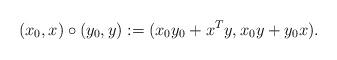
LaTeX: \begin{align*}(x_0 , x) \circ (y_0 , y) := (x_0 y_0 + x^{T}y, x_0y+y_0 x). \end{align*}